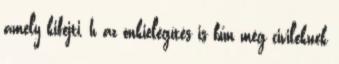
amely kifejti, h az önkielégítés is bűn még civileknek